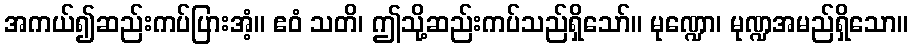
အကယ်၍ဆည်းကပ်ပြားအံ့။ ဧဝံ သတိ၊ ဤသို့ဆည်းကပ်သည်ရှိသော်။ မုဏ္ဍော၊ မုဏ္ဍအမည်ရှိသော။